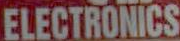
ELECTRONICS